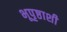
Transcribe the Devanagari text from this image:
भूपृष्ठाशी